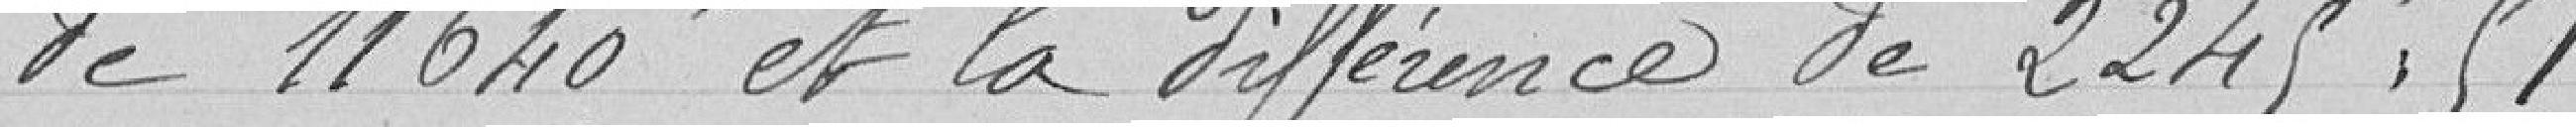
de 11640 et la différence de 2245,51.